Jaan_Tonisson_(Lasteleht), lk 24
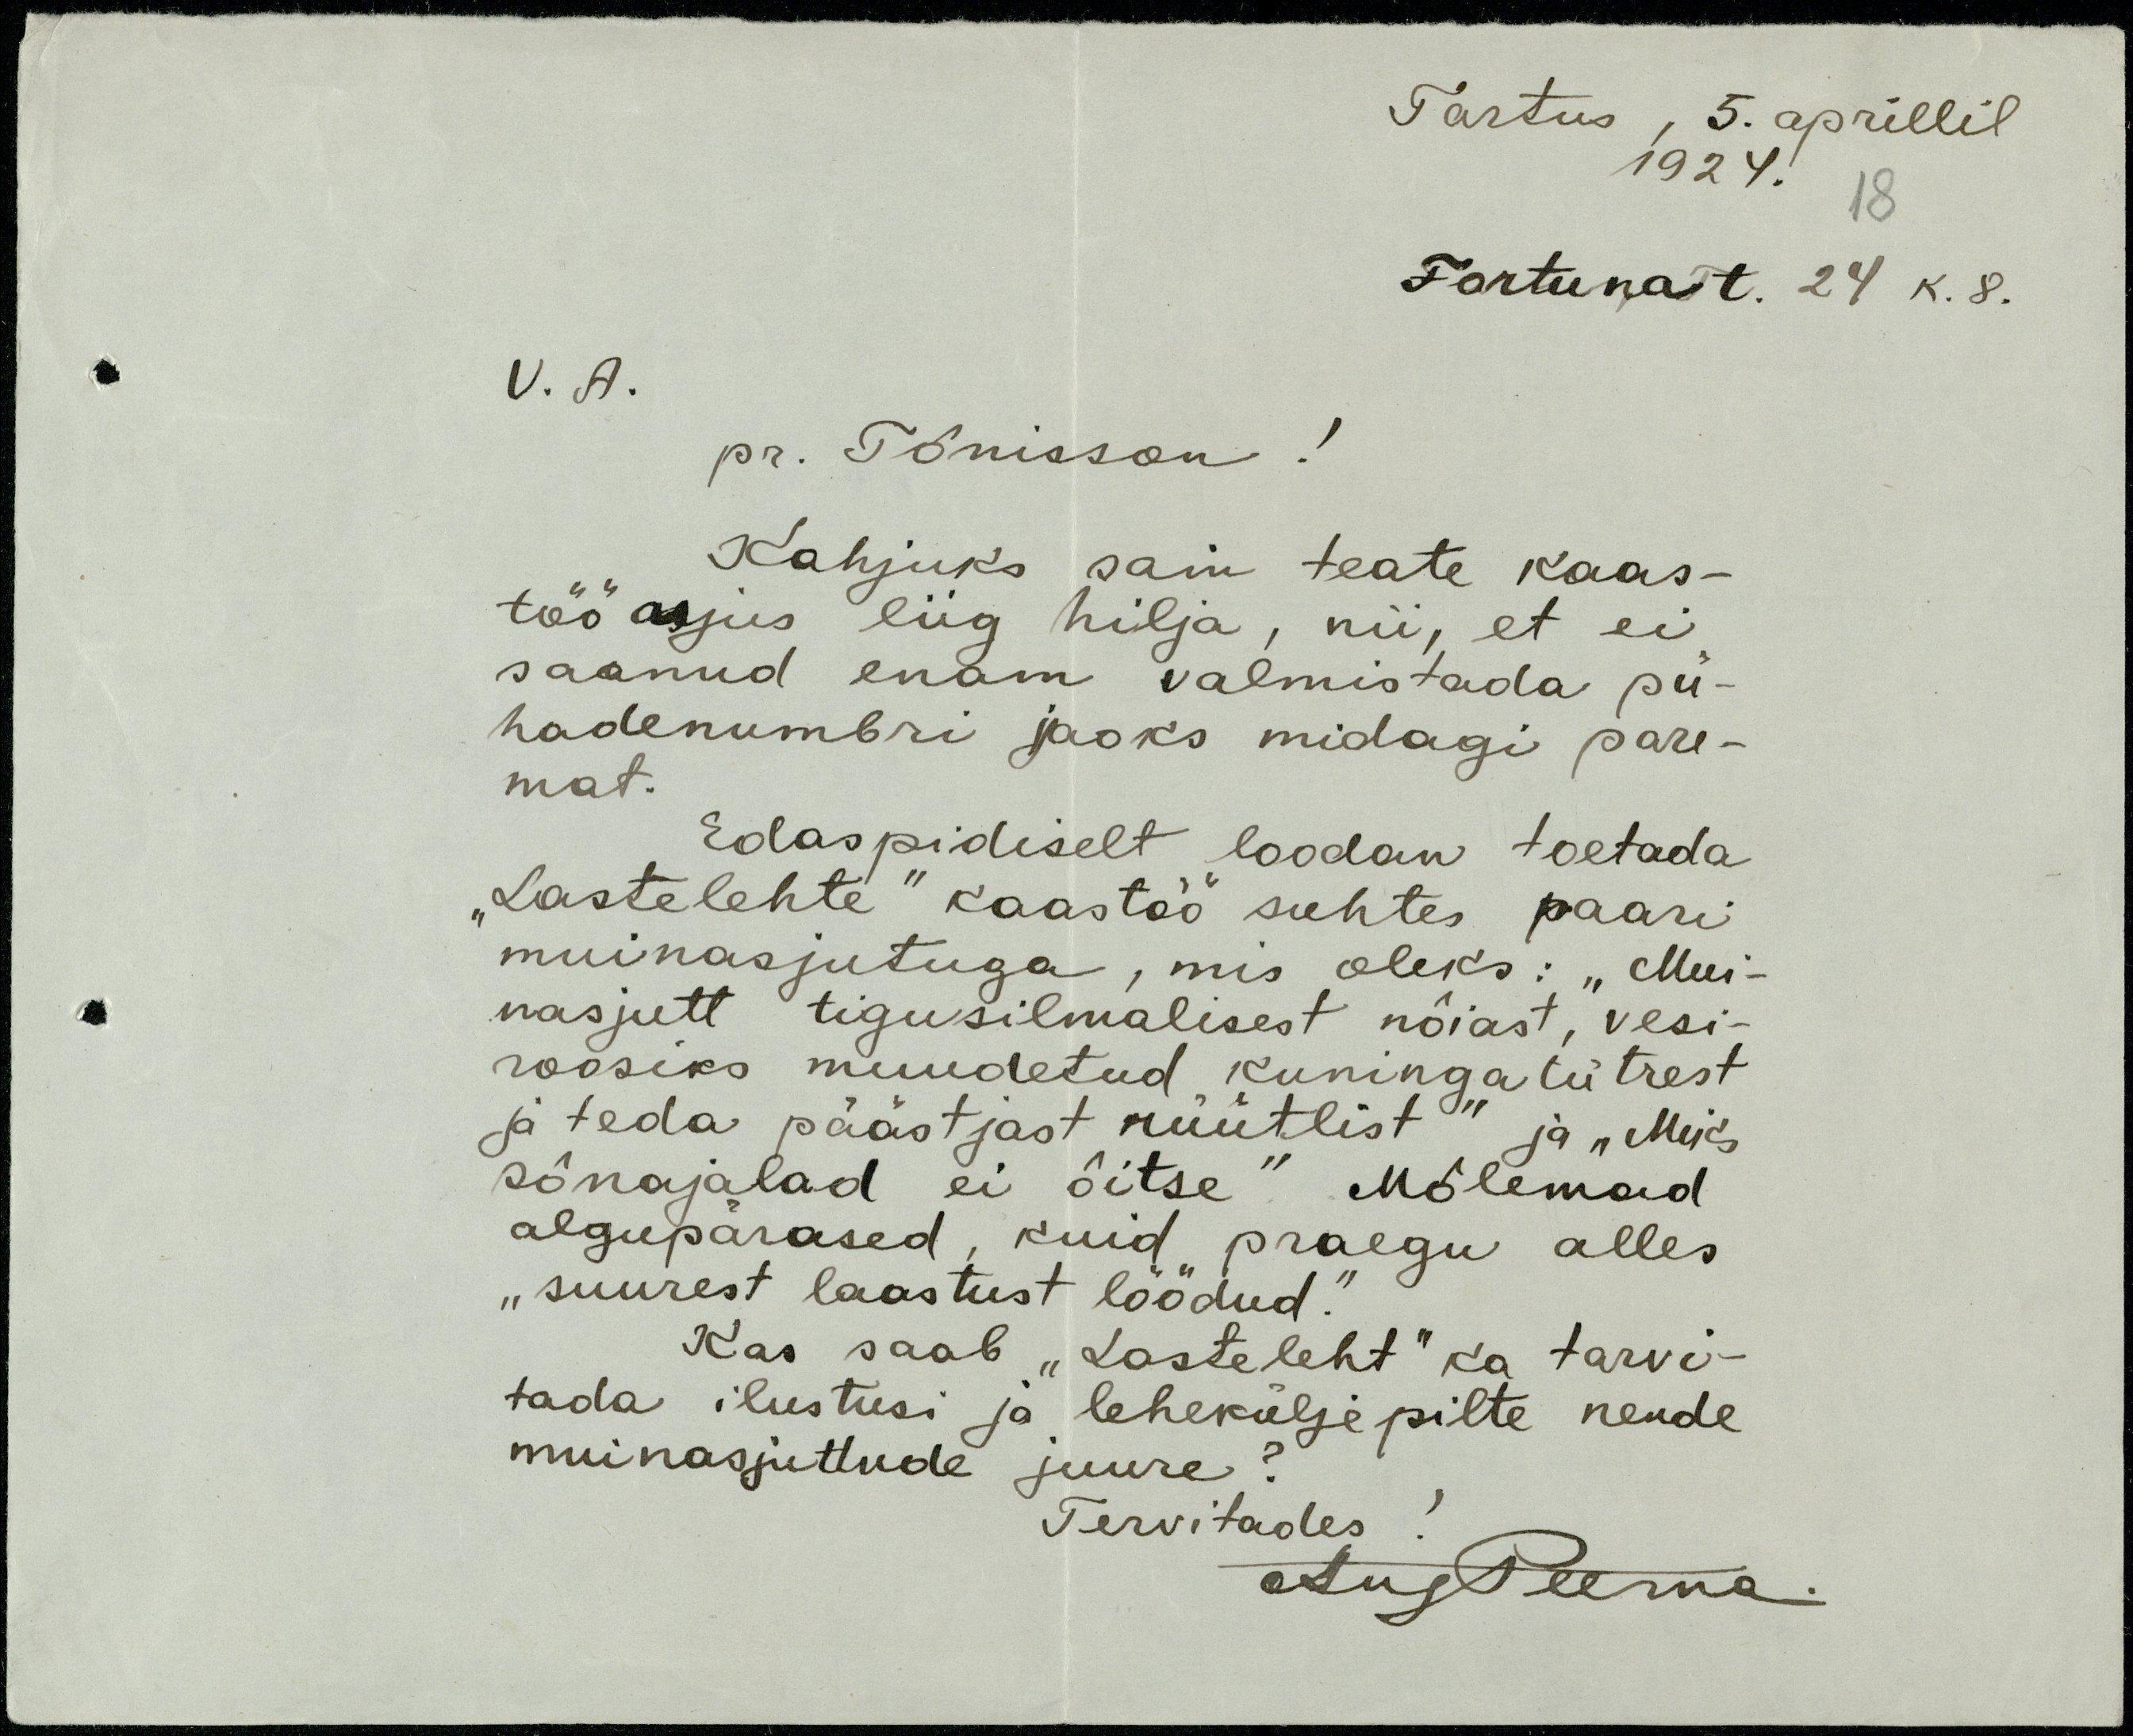
Tartus, 5. aprillil
1924.
Fortuna t. 24 K. 8.
V. A.
pr. Tõnisson!
Kahjuks sain teate kaas-
töö asjus liig hilja, nii, et ei
saanud enam valmistada pü-
hadenumbri jaoks midagi pare-
mat.
Edaspidiselt loodan toetada
„Lastelehte“ kaastöö suhtes paari
muinasjutuga, mis oleks: „Mui-
nasjutt tigusilmalisest nõiast, vesi-
roosiks muudetud kuningatütrest
ja teda päästjast rüütlist“ ja „Miks
sõnajalad ei õitse.“ Mõlemad
algupärased, kuid praegu alles
„suurest laastust löödud.“
Kas saab „Lasteleht“ ka tarvi-
tada ilustusi ka leheküljepilte nende
muinasjuttude juure?
Tervitades!
AugPeerna.